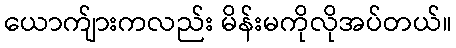
ယောက်ျားကလည်း မိန်းမကိုလိုအပ်တယ်။